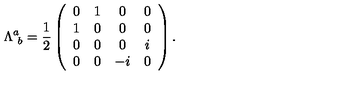
\Lambda _ { \ b } ^ { a } = { \frac { 1 } { 2 } } \left( \begin{array} { c c c c } { 0 } & { 1 } & { 0 } & { 0 } \\ { 1 } & { 0 } & { 0 } & { 0 } \\ { 0 } & { 0 } & { 0 } & { i } \\ { 0 } & { 0 } & { - i } & { 0 } \\ \end{array} \right) .